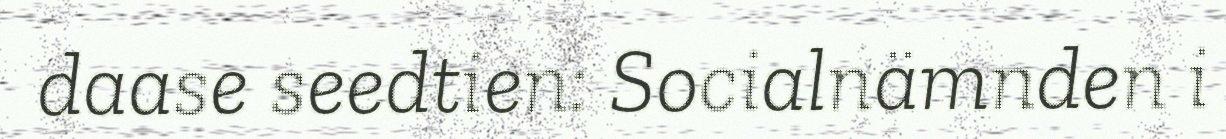
daase seedtien: Socialnämnden i